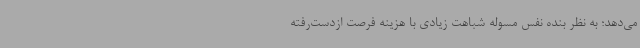
می‌دهد؛ به نظر بنده نفس مسوله شباهت زیادی با هزینه فرصت ازدست‌رفته